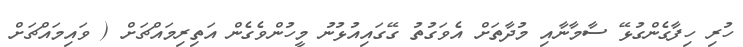
ހުރި ހިފާގެންގުޅޭ ސާމާނާއި މުދާތަށް އެވަގުތު ގޭގައިއުޅުނު މީހުންވެގެން އަތިރިމައްޗަށް ( ވައިމައްޗަށް